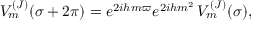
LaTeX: V _ { m } ^ { ( J ) } ( \sigma + 2 \pi ) = e ^ { 2 i h m \varpi } e ^ { 2 i h m ^ { 2 } } \, V _ { m } ^ { ( J ) } ( \sigma ) ,